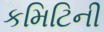
કમિટિની